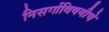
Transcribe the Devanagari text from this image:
निसर्गाविषयीचे